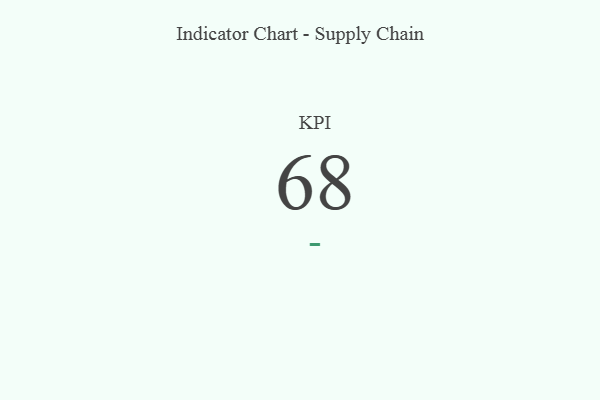
{"axis": {"x": "KPI", "y": "Value"}, "legend": [""], "data": [{"x": "KPI", "y": 68, "type": ""}]}